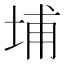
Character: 埔